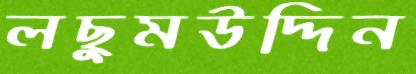
লছুমউদ্দিন